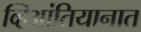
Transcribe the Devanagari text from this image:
व्हिआंतियानात